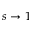
s \to 1